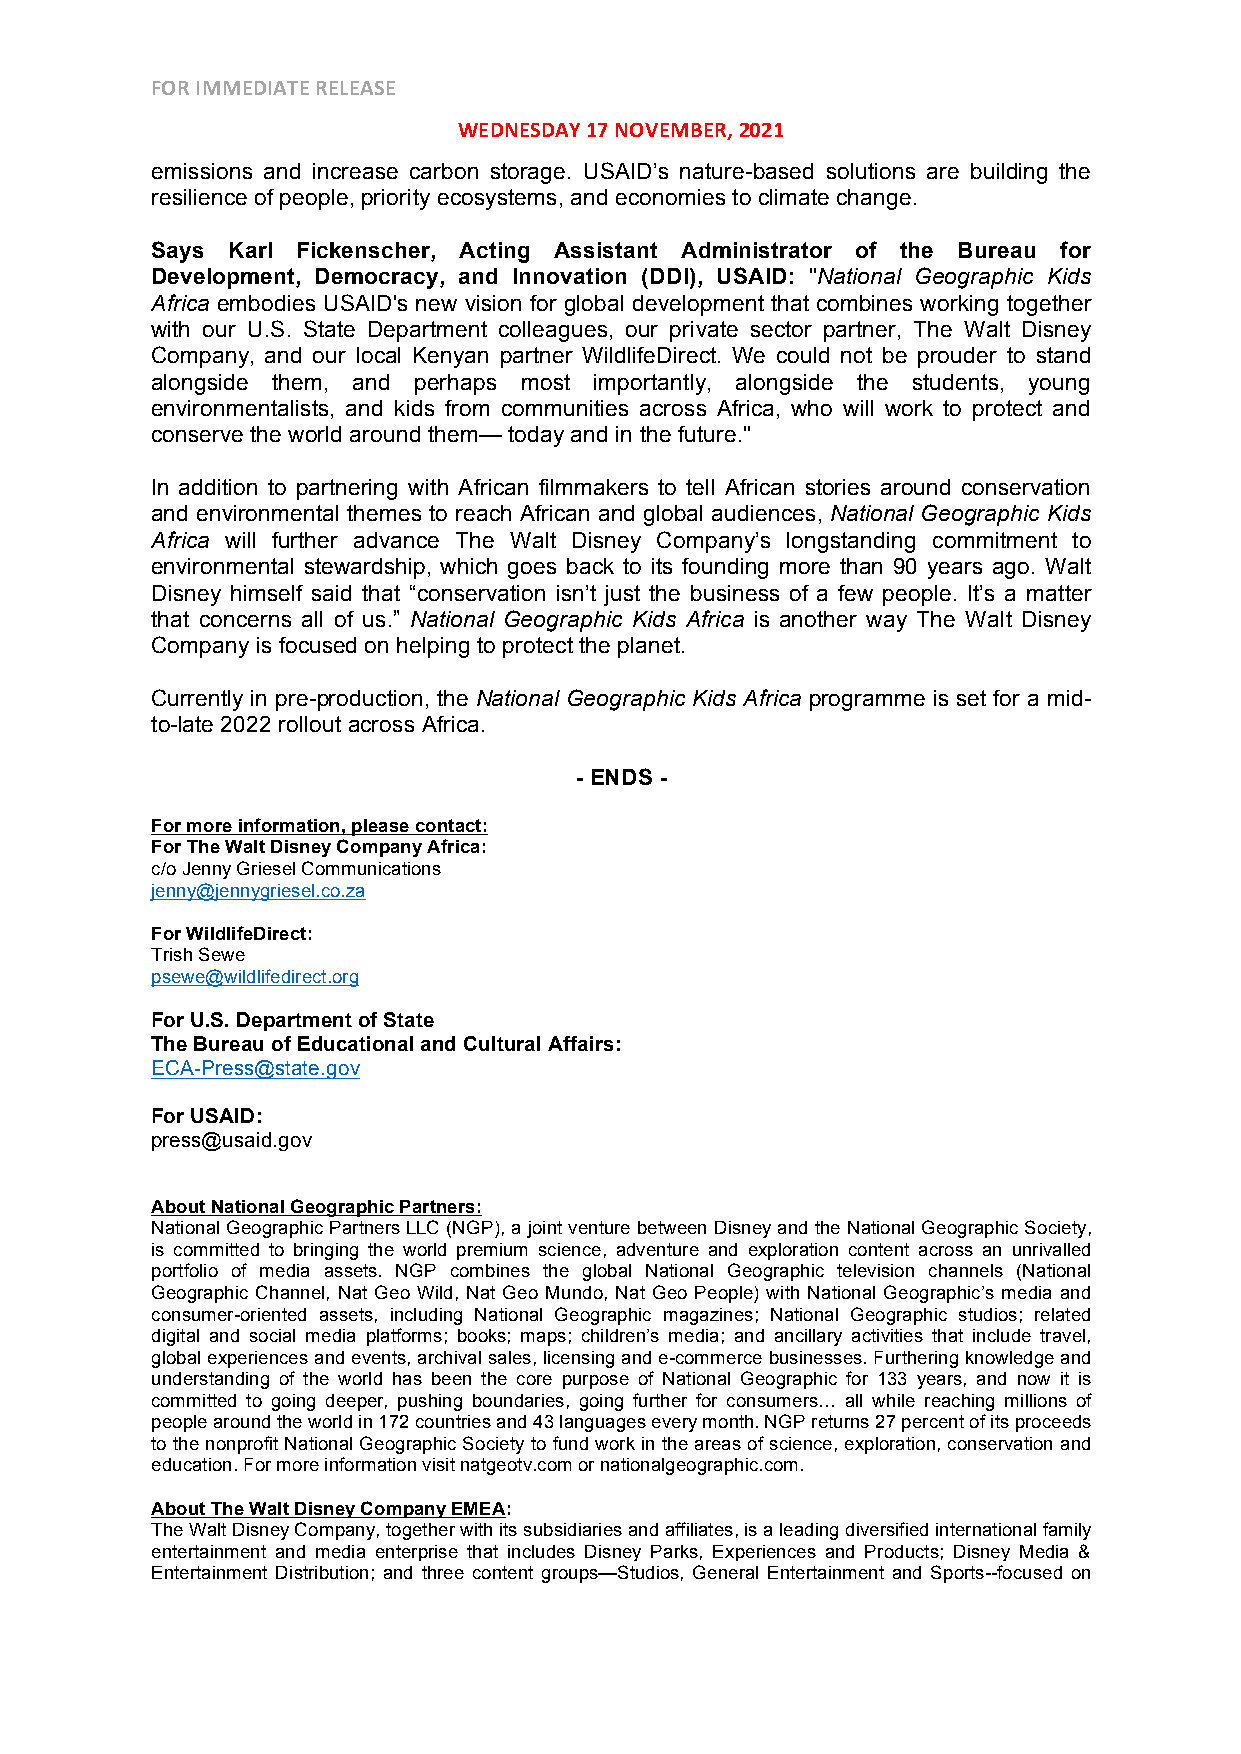
FOR IMMEDIATE RELEASE
 WEDNESDAY 17 NOVEMBER, 2021
 emissions and increase carbon storage. USAID’s nature-based solutions are building the
 resilience of people, priority ecosystems, and economies to climate change.
 Says Karl Fickenscher, Acting Assistant Administrator of the Bureau for
 Development, Democracy, and Innovation (DDI), USAID: "National Geographic Kids
 Africa embodies USAID's new vision for global development that combines working together
 with our U.S. State Department colleagues, our private sector partner, The Walt Disney
 Company, and our local Kenyan partner WildlifeDirect. We could not be prouder to stand
 alongside them, and perhaps most importantly, alongside the students, young
 environmentalists, and kids from communities across Africa, who will work to protect and
 conserve the world around them— today and in the future."
 In addition to partnering with African filmmakers to tell African stories around conservation
 and environmental themes to reach African and global audiences, National Geographic Kids
 Africa will further advance The Walt Disney Company’s longstanding commitment to
 environmental stewardship, which goes back to its founding more than 90 years ago. Walt
 Disney himself said that “conservation isn’t just the business of a few people. It’s a matter
 that concerns all of us.” National Geographic Kids Africa is another way The Walt Disney
 Company is focused on helping to protect the planet.
 Currently in pre-production, the National Geographic Kids Africa programme is set for a mid-
 to-late 2022 rollout across Africa.
 - ENDS -
 For more information, please contact:
 For The Walt Disney Company Africa:
 c/o Jenny Griesel Communications
 jenny@jennygriesel.co.za
 For WildlifeDirect:
 Trish Sewe
 psewe@wildlifedirect.org
 For U.S. Department of State
 The Bureau of Educational and Cultural Affairs:
 ECA-Press@state.gov
 For USAID:
 press@usaid.gov
 About National Geographic Partners:
 National Geographic Partners LLC (NGP), a joint venture between Disney and the National Geographic Society,
 is committed to bringing the world premium science, adventure and exploration content across an unrivalled
 portfolio of media assets. NGP combines the global National Geographic television channels (National
 Geographic Channel, Nat Geo Wild, Nat Geo Mundo, Nat Geo People) with National Geographic’s media and
 consumer-oriented assets, including National Geographic magazines; National Geographic studios; related
 digital and social media platforms; books; maps; children’s media; and ancillary activities that include travel,
 global experiences and events, archival sales, licensing and e-commerce businesses. Furthering knowledge and
 understanding of the world has been the core purpose of National Geographic for 133 years, and now it is
 committed to going deeper, pushing boundaries, going further for consumers… all while reaching millions of
 people around the world in 172 countries and 43 languages every month. NGP returns 27 percent of its proceeds
 to the nonprofit National Geographic Society to fund work in the areas of science, exploration, conservation and
 education. For more information visit natgeotv.com or nationalgeographic.com.
 About The Walt Disney Company EMEA:
 The Walt Disney Company, together with its subsidiaries and affiliates, is a leading diversified international family
 entertainment and media enterprise that includes Disney Parks, Experiences and Products; Disney Media &
 Entertainment Distribution; and three content groups—Studios, General Entertainment and Sports--focused on